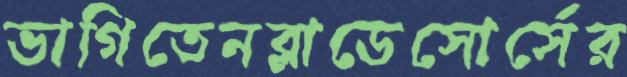
ভাগিতেনব্লাডেসোর্সের